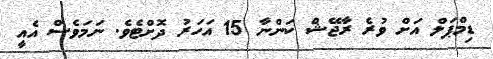
ޑިމްޕަލް އަށް ވުރެ ރާޖޭޝް ކަންނާ 15 އަހަރު ދޮށްޓެވެ. ނަމަވެސް އެއީ